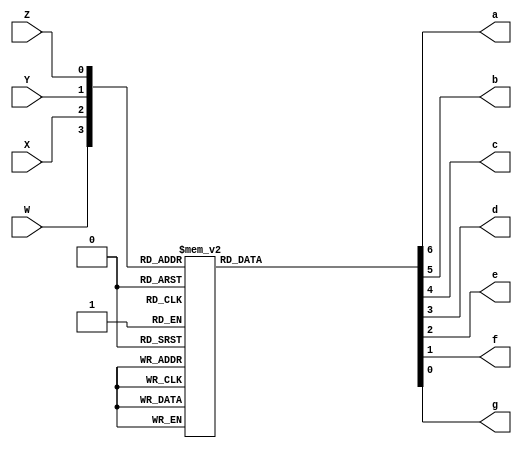
module DecodificadorBCD(Z,Y,X,W,a,b,c,d,e,f,g);
	input wire Z,Y,X,W;
	output wire a,b,c,d,e,f,g;
	reg [6:0] display;
	
	always @(*)
	case({W,X,Y,Z})
		4'b0000: display = 7'b0000001;
		4'b0001: display = 7'b1001111;
		4'b0010: display = 7'b0010010;
		4'b0011: display = 7'b0000110;
		4'b0100: display = 7'b1001100;
		4'b0101: display = 7'b0100100;
		4'b0110: display = 7'b0100000;
		4'b0111: display = 7'b0001111;
		4'b1000: display = 7'b0000000;
		4'b1001: display = 7'b0001100;
		default: display = 7'b1111111;
	endcase
	assign {a,b,c,d,e,f,g} = display;

endmodule